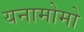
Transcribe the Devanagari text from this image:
यनामोमो